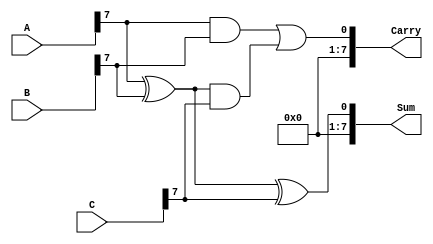
module MCSA #(parameter n = 8) (
    input  [n-1:0] A,
    input  [n-1:0] B,
    input  [n-1:0] C,
    output [n-1:0] Sum,
    output [n-1:0] Carry
);
    wire [n-1:0] HA_sum [0:n-1]; // Half Adder sums
    wire [n-1:0] HA_carry [0:n-1]; // Half Adder carries
    wire [n-1:0] FA_sum [0:n-1]; // Full Adder sums
    wire [n-1:0] FA_carry [0:n-1]; // Full Adder carries

    // Generate Half Adder results for first two operands (A and B)
    genvar i;
    generate
        for (i = 0; i < n; i = i + 1) begin: ha
            // Half Adder for A and B
            assign HA_sum[i] = A[i] ^ B[i];
            assign HA_carry[i] = A[i] & B[i];
        end
    endgenerate

    // Now combine the result of Half Adder with the third operand (C)
    generate
        for (i = 0; i < n; i = i + 1) begin: fa
            // Full Adder for sum of HA (A + B) and C
            assign FA_sum[i] = HA_sum[i] ^ C[i];
            assign FA_carry[i] = HA_carry[i] | (HA_sum[i] & C[i]);
        end
    endgenerate

    // Outputs
    assign Sum = FA_sum[n-1]; // Final Sum
    assign Carry = FA_carry[n-1]; // Final carry bits representation

endmodule